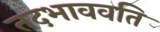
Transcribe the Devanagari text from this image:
तदभाववति